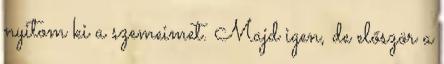
nyitom ki a szemeimet. Majd igen, de először a